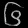
Digit: ၆